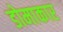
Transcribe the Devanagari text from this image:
डोमाकार